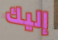
إليك